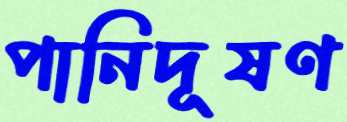
পানিদূষণ